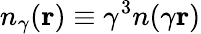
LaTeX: n_{\gamma}({\mathbf r})\equiv\gamma^{3}n(\gamma{\mathbf r})